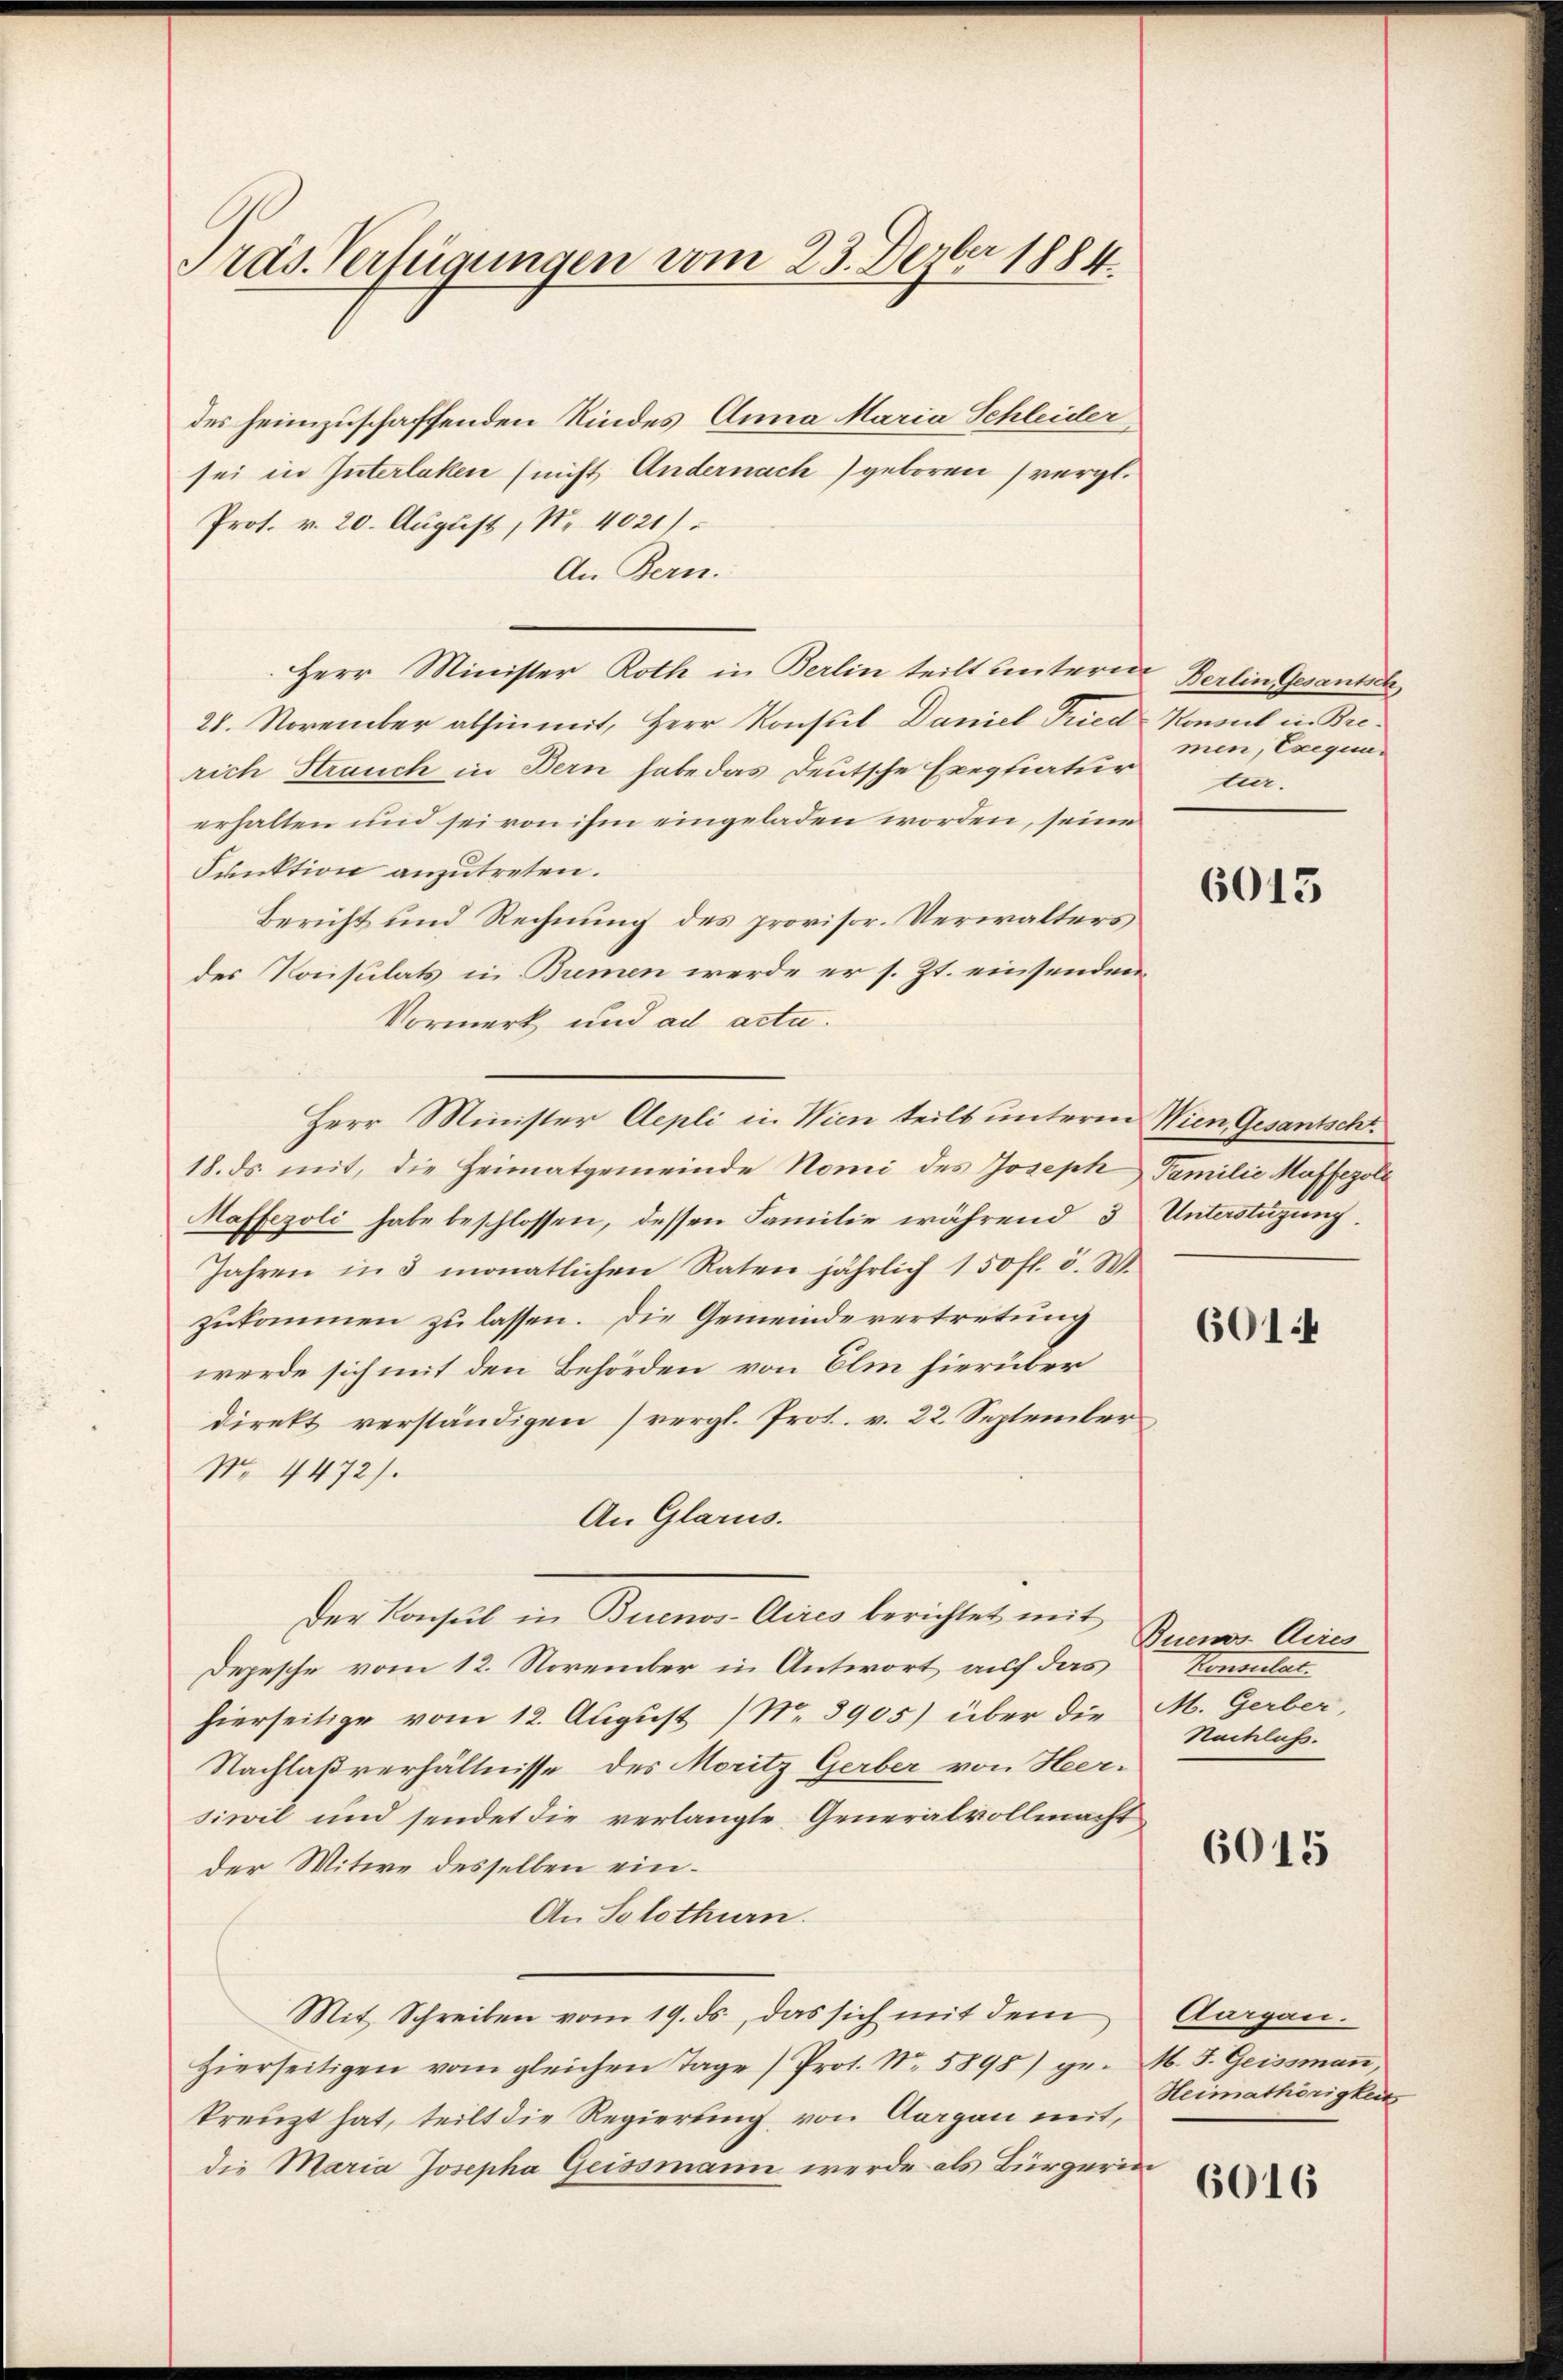
Pras. Verfügungen vom 23. Dezber 1884.

des heimzuschaffenden Kindes Anna Maria Schleider,
sei in Interlaken (nicht Andernach) geboren vergl.
Prof. v. 20. August, Nr. 4021/
An Bern.
Herr Minister Roth in Berlin teilt untern Berlin Gesants
28. November abhin mit, Herr Konsul Daniel Tried Konsul in Brerich Strauch in Bern habe das Deutsche Exegliatur u.
erhalten und sei von ihm eingeladen worden, seine
Funktion anzutreten.
Bericht und Rechnung des provisor. Verwalters
des Konsulats in Bremen werde er s. Zt. einsenden
Vormerk und ad acta.
Herr Minister Aepli in Wien teilt unterm Wien Gesantsch.
18. ds. mit, die Heimatgemeinde Nomi des Joseph Familie Maffezole
Maffezoli habe beschlossen, dessen Familie während 3 Unterstützung.
Jahren in 3 monatlichen Raten jährlich 150 fl. 5. W
zukommen zu lassen. Die Gemeindevertretung
werde sich mit den Behörden von Elm hierüber
direkt verständigen) vergl. Prot. v. 22. September
No. 4472).
An Glarus.
Der Konsul in Buenos-Aires berichtet mit
Depesche vom 12. November in Antwort auf das
hierseitige vom 12. August (N. 3905) über die
Nachlaßverhältnisse des Moritz Gerber von Heer-
siwil und sendet die verlangte Generalvollmacht
der Mitwe desselben ein¬
An Solothurn.
Mit Schreiben vom 19. ds, das sich mit dem
zierseitigen vom gleichen Tage /Prot. Nr. 5898) ge. N. F. Geissmaṅ,
kreuzt hat, teilt die Regierung von Aargau mit,
die Maria Josepha Geissmann werde als Bürgerin

men, Exequi¬

6013

6014

Buenos Aires
Henrietar.
M. Gerber,
Nachluss.

6015

Aargau.
Heimathörigkeit

6016